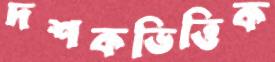
দশকভিত্তিক